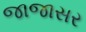
જાજાસર